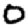
Digit: 0